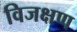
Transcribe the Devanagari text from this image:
विजक्षण